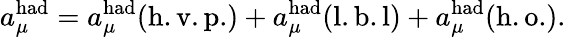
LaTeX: a_{\mu}^{\mathrm{had}}=a_{\mu}^{\mathrm{had}}(\mathrm{h.v.p.})+a_{\mu}^{\mathrm{had}}(\mathrm{l.b.l})+a_{\mu}^{\mathrm{had}}(\mathrm{h.o.}).